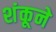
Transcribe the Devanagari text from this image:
शंकूने